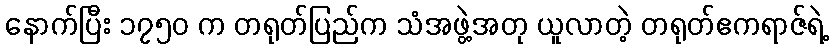
နောက်ပြီး ၁၇၅၀ က တရုတ်ပြည်က သံအဖွဲ့အတု ယူလာတဲ့ တရုတ်ဧကရာဇ်ရဲ့